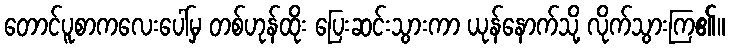
တောင်ပူစာကလေးပေါ်မှ တစ်ဟုန်ထိုး ပြေးဆင်းသွားကာ ယုန်နောက်သို့ လိုက်သွားကြ၏။